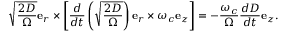
\sqrt { \frac { 2 D } { \Omega } } \mathbf { e } _ { r } \times \left[ \frac { d } { d t } \left( \sqrt { \frac { 2 D } { \Omega } } \right) \mathbf { e } _ { r } \times \omega _ { c } \mathbf { e } _ { z } \right] = - \frac { \omega _ { c } } { \Omega } \frac { d D } { d t } \mathbf { e } _ { z } .